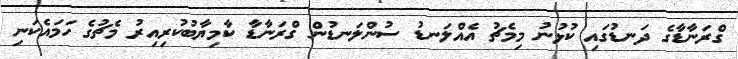
ގްރަނާޑާގެ ދަނޑުގައި ކުޅުނު މިމެޗު އެއްލަނޑު ސުންލަނޑުން ގްރަނާޑާ ކާމިޔާބުކުރިއިރު މެޗުގެ ހަމައެކަނި